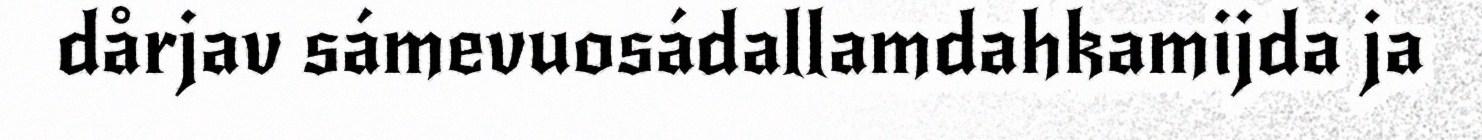
dårjav sámevuosádallamdahkamijda ja